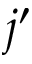
j ^ { \prime }